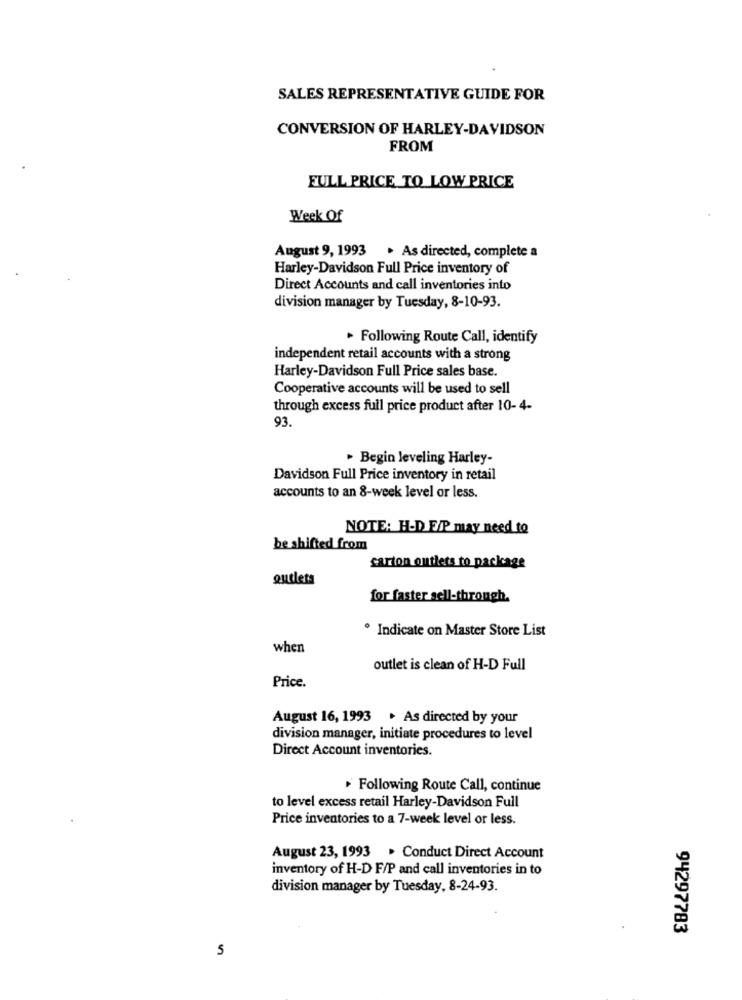
SALES REPRESENTATIVE GUIDE FOR
CONVERSION OF HARLEY-DAVIDSON
FROM
FULL PRICE TO LOW PRICE
Week Of
August 9, 1993
. As directed, complete a
Harley-Davidson Full Price inventory of
Direct Accounts and call inventories into
division manager by Tuesday, 8-10-93.
. Following Route Call, identify
independent retail accounts with a strong
Harley-Davidson Full Price sales base.
Cooperative accounts will be used to sell
through excess full price product after 10- 4-
93.
· Begin leveling Harley-
Davidson Full Price inventory in retail
accounts to an 8-week level or less.
NOTE: H-D E/P may need to
be shifted from
carton outlets to package
outlets
for faster sell-through.
· Indicate on Master Store List
when
outlet is clean of H-D Full
Price.
August 16, 1993 . As directed by your
division manager, initiate procedures to level
Direct Account inventories.
Following Route Call, continue
to level excess retail Harley-Davidson Full
Price inventories to a 7-week level or less.
August 23, 1993 . Conduct Direct Account
inventory of H-D F/P and call inventories in to
division manager by Tuesday, 8-24-93.
94297783
5